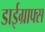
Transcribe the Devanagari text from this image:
डाईग्राफ्स